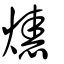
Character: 𤌷